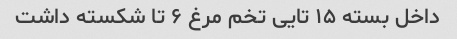
داخل بسته ۱۵ تایی تخم مرغ ۶ تا شکسته داشت